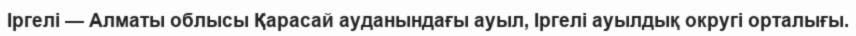
Іргелі — Алматы облысы Қарасай ауданындағы ауыл, Іргелі ауылдық округі орталығы.